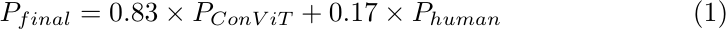
\begin{equation}
	P_{final} = 0.83 \times P_{ConViT} + 0.17 \times P_{human}
\end{equation}